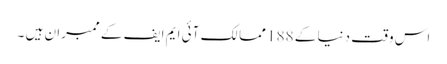
اس وقت دنیا کے 188 ممالک آئی ایم ایف کے ممبران ہیں ۔